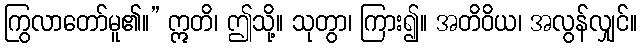
ကြွလာတော်မူ၏။” ဣတိ၊ ဤသို့။ သုတွာ၊ ကြား၍။ အတိဝိယ၊ အလွန်လျှင်။